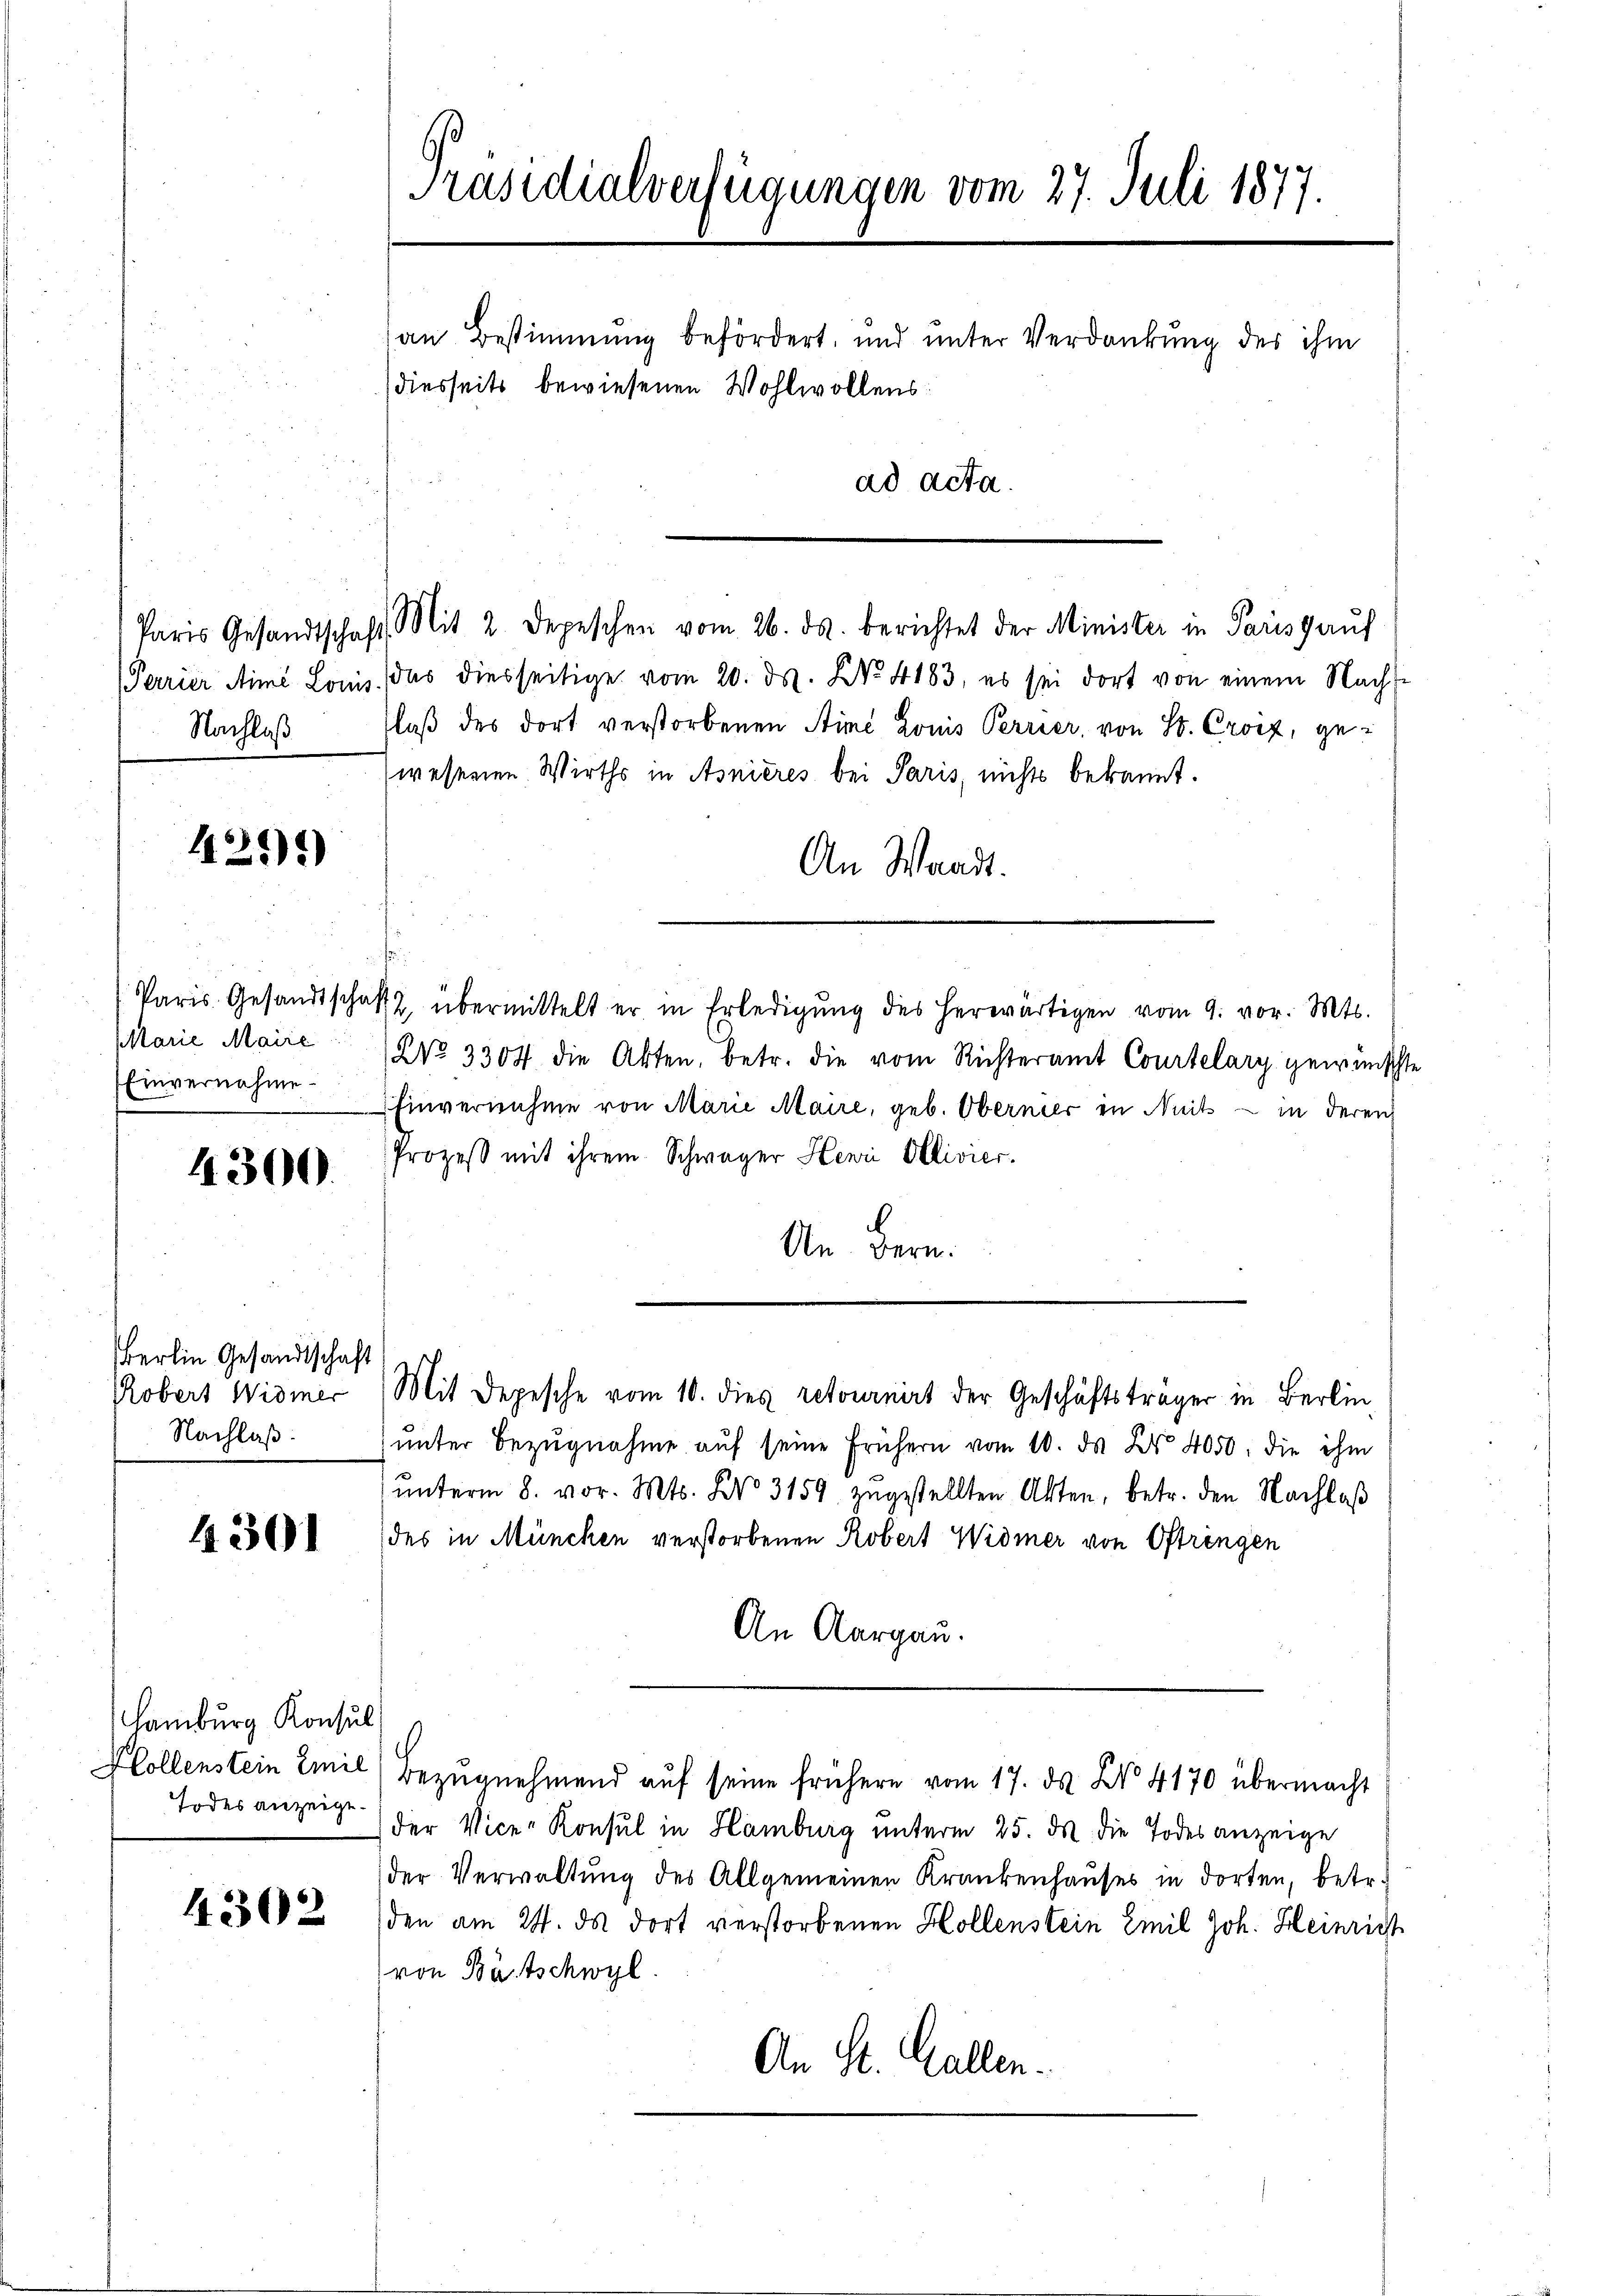
Nachlaß

425)*)

Marie Marie
Einvernahme

4300.

Berlin Gesandtschaft
Robert Widmer
Nachlaß.

4301

Hamburg Konsul
Todes anzeige.

4302

Präsidialverfügungen vom 27. Juli 1877.
an Bestimmung befördert, und unter Verdankung des ihm
diesseits bewiesenen Wohlwollens
ad acta

Paris Gesandtschaft Mit 2 Depeschen vom 26. ds. berichtet der Minister in Parisgaŭf
(Perrier Mime Louis, das diesseitige vom 20. ds. No. 4183, es sei dort von einem Nach-
laß des dort verstorbenen Stime Louis Perrier, von St. Croix, gewesenen Wirths in Asnieres bei Paris, nichts bekannt.
An Waadt.
Paris Gesandtschaft übermittelt er in Erledigŭng des herwärtigen vom 9. vor. Mts.
No 3304 die Akten, betr. die vom Richteramt Courtelary gewüns
Einvernahme von Marie Maire, geb. Obernier in Nuit — in deren
Prozeß mit ihrem Schwager Henri Ollivier.
.
Un. Bern:
Mit Depesche vom 10. dies retournirt der Geschäftsträger in Berlin
ŭnter Bezŭgnahme aŭf seine frühern vom 10. ds. Dr. 4050. die ihm
ŭnterm 8. vor. Mts. No 3159 zŭgestellten Akten, betr. den Nachlaß
des in München verstorbenen Robert Widmer von Oftringen
An Aargau.
Hollenstein Emil Bezugnehmend auf seine frühere vom 17. ds N. 4170 übermacht
der Vice-Konsul in Hamburg unterm 25. d. die Todesanzeige
der Verwaltung des Allgemeinen Krankenhauses in dorten, betr.
den am 24. ds dort verstorbenen Hollenstein Emil Joh. Heinric
von Bütschwyl
An St. Gallen.